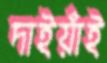
দাইয়াঁই